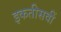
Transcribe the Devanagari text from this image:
इकतीसवीं